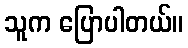
သူက ပြောပါတယ်။